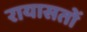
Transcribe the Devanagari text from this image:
रायासतों